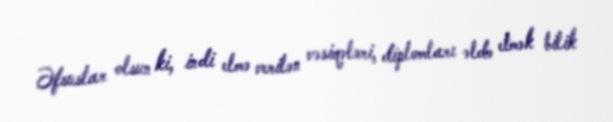
Əfsuslar olsun ki, indi elmə verilən vəsiqələri, diplomları əldə etmək bilik